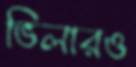
ভিলারও